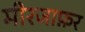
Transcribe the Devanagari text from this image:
मीरजाफ़र